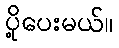
ပို့ပေးမယ်။